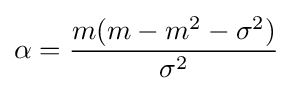
\alpha ={\frac {m(m-m^{2}-\sigma ^{2})}{\sigma ^{2}}}